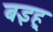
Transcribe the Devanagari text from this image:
बइह्‌